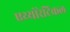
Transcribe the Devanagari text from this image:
एथ्योरेटिकल